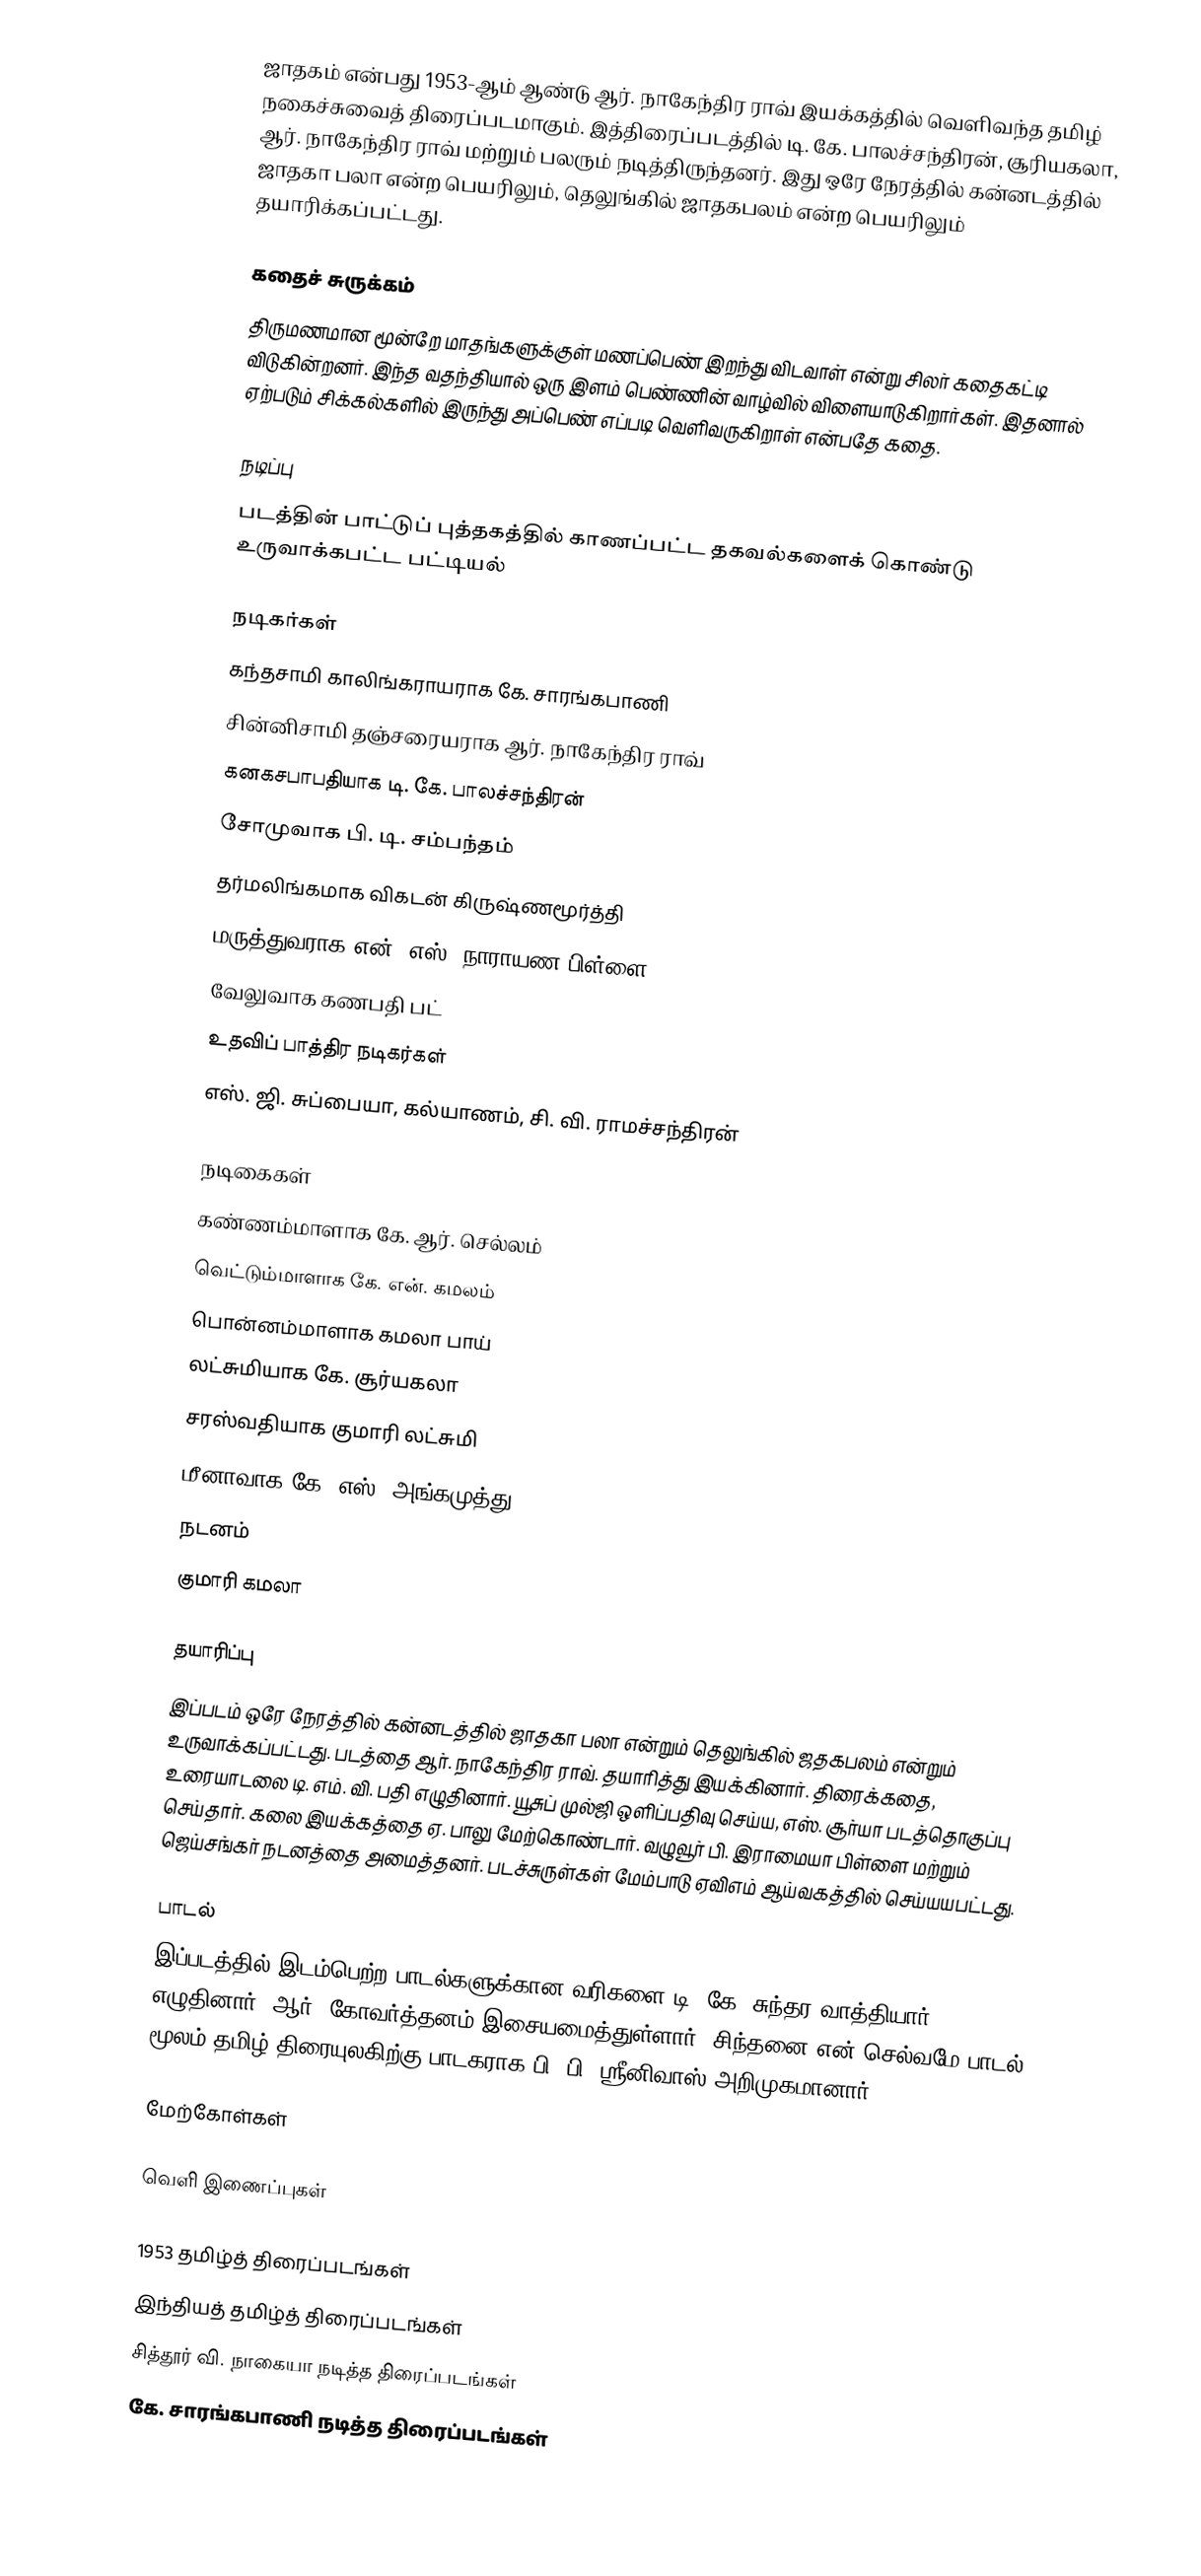
ஜாதகம் என்பது 1953-ஆம் ஆண்டு  ஆர். நாகேந்திர ராவ் இயக்கத்தில் வெளிவந்த தமிழ் நகைச்சுவைத் திரைப்படமாகும். இத்திரைப்படத்தில் டி. கே. பாலச்சந்திரன், சூரியகலா, ஆர். நாகேந்திர ராவ் மற்றும் பலரும் நடித்திருந்தனர். இது ஒரே நேரத்தில் கன்னடத்தில் ஜாதகா பலா என்ற பெயரிலும், தெலுங்கில் ஜாதகபலம் என்ற பெயரிலும் தயாரிக்கப்பட்டது.

கதைச் சுருக்கம்
திருமணமான மூன்றே மாதங்களுக்குள் மணப்பெண் இறந்து விடவாள் என்று சிலர் கதைகட்டி விடுகின்றனர். இந்த வதந்தியால் ஒரு இளம் பெண்ணின் வாழ்வில் விளையாடுகிறார்கள். இதனால் ஏற்படும் சிக்கல்களில் இருந்து அப்பெண் எப்படி வெளிவருகிறாள் என்பதே கதை.

நடிப்பு
படத்தின் பாட்டுப் புத்தகத்தில் காணப்பட்ட தகவல்களைக் கொண்டு உருவாக்கபட்ட பட்டியல்

நடிகர்கள்
 கந்தசாமி காலிங்கராயராக கே. சாரங்கபாணி
 சின்னிசாமி தஞ்சரையராக ஆர். நாகேந்திர ராவ்
 கனகசபாபதியாக டி. கே. பாலச்சந்திரன்
 சோமுவாக பி. டி. சம்பந்தம்
 தர்மலிங்கமாக விகடன் கிருஷ்ணமூர்த்தி
 மருத்துவராக என். எஸ். நாராயண பிள்ளை
 வேலுவாக கணபதி பட்
உதவிப் பாத்திர நடிகர்கள்
எஸ். ஜி. சுப்பையா, கல்யாணம், சி. வி. ராமச்சந்திரன்

நடிகைகள்
 கண்ணம்மாளாக கே. ஆர். செல்லம்
 வெட்டும்மாளாக கே. என். கமலம்
 பொன்னம்மாளாக கமலா பாய்
 லட்சுமியாக கே. சூர்யகலா
 சரஸ்வதியாக குமாரி லட்சுமி
 மீனாவாக கே. எஸ். அங்கமுத்து
நடனம்
 குமாரி கமலா

தயாரிப்பு
இப்படம் ஒரே நேரத்தில் கன்னடத்தில் ஜாதகா பலா என்றும் தெலுங்கில் ஜதகபலம் என்றும் உருவாக்கப்பட்டது. படத்தை ஆர். நாகேந்திர ராவ். தயாரித்து இயக்கினார்.  திரைக்கதை, உரையாடலை டி. எம். வி. பதி எழுதினார். யூசுப் முல்ஜி ஒளிப்பதிவு செய்ய, எஸ். சூர்யா படத்தொகுப்பு செய்தார். கலை இயக்கத்தை ஏ. பாலு மேற்கொண்டார். வழுவூர் பி. இராமையா பிள்ளை மற்றும் ஜெய்சங்கர் நடனத்தை அமைத்தனர். படச்சுருள்கள் மேம்பாடு ஏவிஎம் ஆய்வகத்தில்  செய்யயபட்டது.

பாடல்
இப்படத்தில் இடம்பெற்ற பாடல்களுக்கான வரிகளை டி. கே. சுந்தர வாத்தியார் எழுதினார், ஆர். கோவர்த்தனம் இசையமைத்துள்ளார். சிந்தனை என் செல்வமே பாடல் மூலம் தமிழ் திரையுலகிற்கு பாடகராக பி. பி. ஸ்ரீனிவாஸ் அறிமுகமானார்.

மேற்கோள்கள்

வெளி இணைப்புகள்

1953 தமிழ்த் திரைப்படங்கள்
இந்தியத் தமிழ்த் திரைப்படங்கள்
சித்தூர் வி. நாகையா நடித்த திரைப்படங்கள்
கே. சாரங்கபாணி நடித்த திரைப்படங்கள்